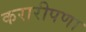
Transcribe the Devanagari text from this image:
करारीपणा